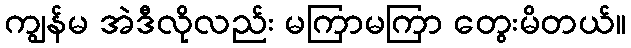
ကျွန်မ အဲဒီလိုလည်း မကြာမကြာ တွေးမိတယ်။